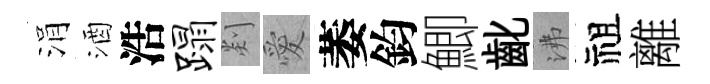
涓酒浩蹋剡愛萎鈞鯽齔沸祖離